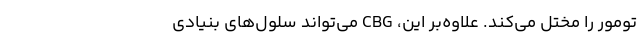
تومور را مختل می‌کند. علاوه‌بر این، CBG می‌تواند سلول‌های بنیادی